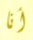
أنا